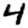
Digit: 4